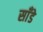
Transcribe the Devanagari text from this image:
साँडे